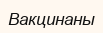
Вакцинаны